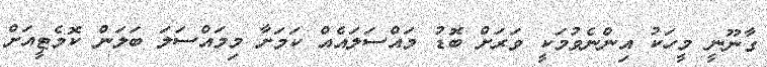
ގާނޫނީ މީހަކު އިންނެވުމަކީ ވަރަށް ބޮޑު މައްސަލައެއް ކަމަށާ މިމައްސަލަ ބަލަން ކޮމެޓީއަށް